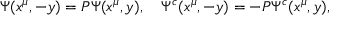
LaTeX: \Psi ( x ^ { \mu } , - y ) = P \Psi ( x ^ { \mu } , y ) , \quad \Psi ^ { c } ( x ^ { \mu } , - y ) = - P \Psi ^ { c } ( x ^ { \mu } , y ) ,